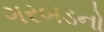
ગરબડનો